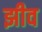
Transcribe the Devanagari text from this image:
झीव